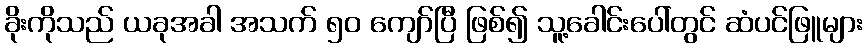
ခိုးကိုသည် ယခုအခါ အသက် ၅၀ ကျော်ပြီ ဖြစ်၍ သူ့ခေါင်းပေါ်တွင် ဆံပင်ဖြူများ